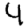
Digit: 4